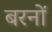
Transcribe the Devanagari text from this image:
बरनों